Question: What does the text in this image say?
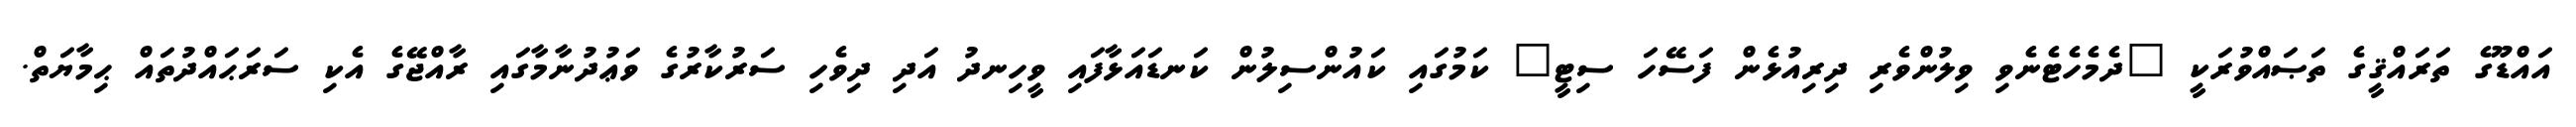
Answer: އައްޑޫގެ ތަރައްޤީގެ ތަޞައްވުރަކީ "ދެމެހެޓެނެވި ވިލުންވެރި ދިރިއުޅެން ފަސޭހަ ސިޓީ" ކަމުގައި ކައުންސިލުން ކަނޑައަޅާފައި ވީހިނދު އަދި ދިވެހި ސަރުކާރުގެ ވަޢުދުނާމާގައި ރާއްޖޭގެ އެކި ސަރަޙައްދުތައް ޙިމާޔަތް.